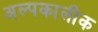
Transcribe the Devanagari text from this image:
अल्पकालीक